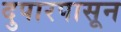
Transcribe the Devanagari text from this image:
दुपारपासून